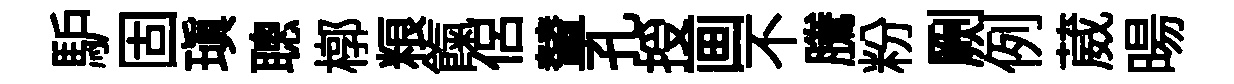
馿固瑱聰槨粮餼侶輦孔授画不騰粉劂例葳暘